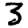
Digit: 3